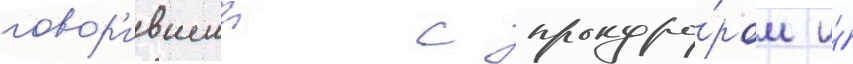
говор'ившии с прокуро́ром и́